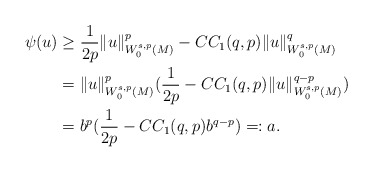
\begin{align*} \psi (u)& \geq \frac{1}{2p} \|u\|^p_{W_0^{s,p}(M)}-C C_{1}(q,p)\|u\|^q_{W_0^{s,p}(M)}\\ &= \|u\|^p_{W_0^{s,p}(M)}(\frac{1}{2p}-C C_{1}(q,p)\|u\|^{q-p}_{W_0^{s,p}(M)})\\ &= b^{p} (\frac{1}{2p}-C C_{1}(q,p)b^{q-p})=:a. \end{align*}